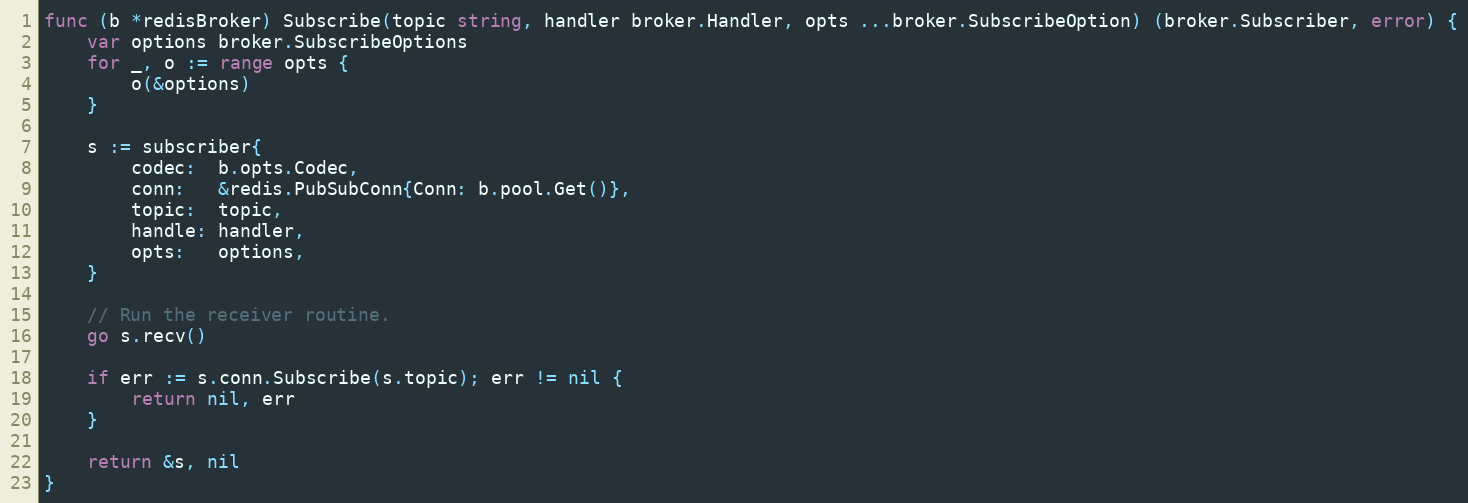
Language: Go
func (b *redisBroker) Subscribe(topic string, handler broker.Handler, opts ...broker.SubscribeOption) (broker.Subscriber, error) {
	var options broker.SubscribeOptions
	for _, o := range opts {
		o(&options)
	}

	s := subscriber{
		codec:  b.opts.Codec,
		conn:   &redis.PubSubConn{Conn: b.pool.Get()},
		topic:  topic,
		handle: handler,
		opts:   options,
	}

	// Run the receiver routine.
	go s.recv()

	if err := s.conn.Subscribe(s.topic); err != nil {
		return nil, err
	}

	return &s, nil
}